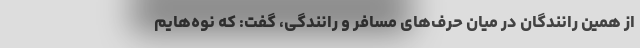
از همین رانندگان در میان حرف‌های مسافر و رانندگی، گفت: که نوه‌هایم